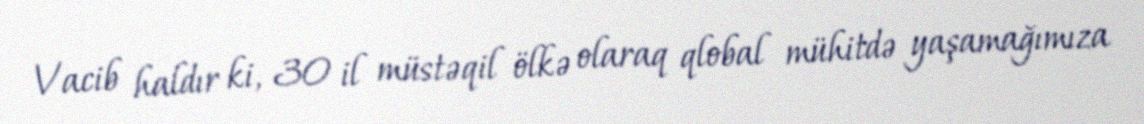
Vacib haldır ki, 30 il müstəqil ölkə olaraq qlobal mühitdə yaşamağımıza